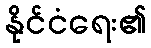
နိုင်ငံရေး၏